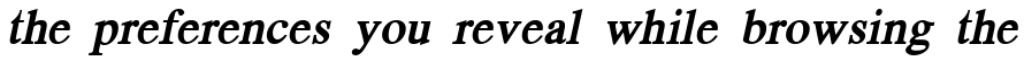
the preferences you reveal while browsing the